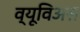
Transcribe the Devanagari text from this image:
व्यूविअस